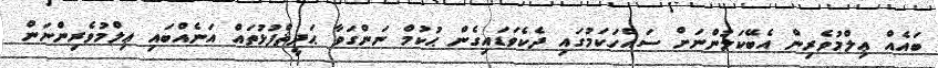
ބައެއް ޢިލްމުވެރިން އެބޭކަލުންނަށް ސައްހަކަމުގައި ދެކެވަޑައިގެން ޙުކުމް ނަންގަވާ ޙަދީޘްފުޅުތައް އަނެއްބައި ޢިލްމުވެރިންނަން